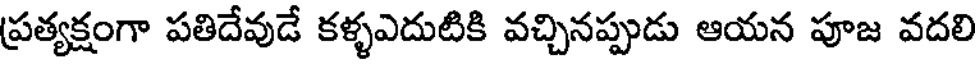
ప్రత్యక్షంగా పతిదేవుడే కళ్ళఎదుటికి వచ్చినప్పుడు ఆయన పూజ వదలి